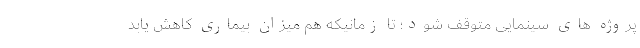
پروژه های سینمایی متوقف شود؛ تا زمانیکه هم میزان بیماری کاهش یابد